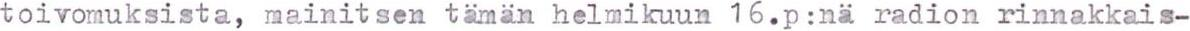
toivomuksista, mainitsen tämän helmikuun 16.p:nä radion rinnakkais-